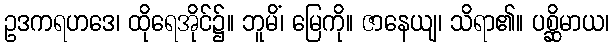
ဥဒကရဟဒေ၊ ထိုရေအိုင်၌။ ဘူမိံ၊ မြေကို။ ဇာနေယျ၊ သိရာ၏။ ပစ္ဆိမာယ၊